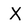
Character: X